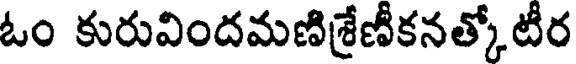
ఓం కురువిందమణిశ్రేణీకనత్కోటీర